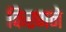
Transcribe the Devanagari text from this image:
किरणने